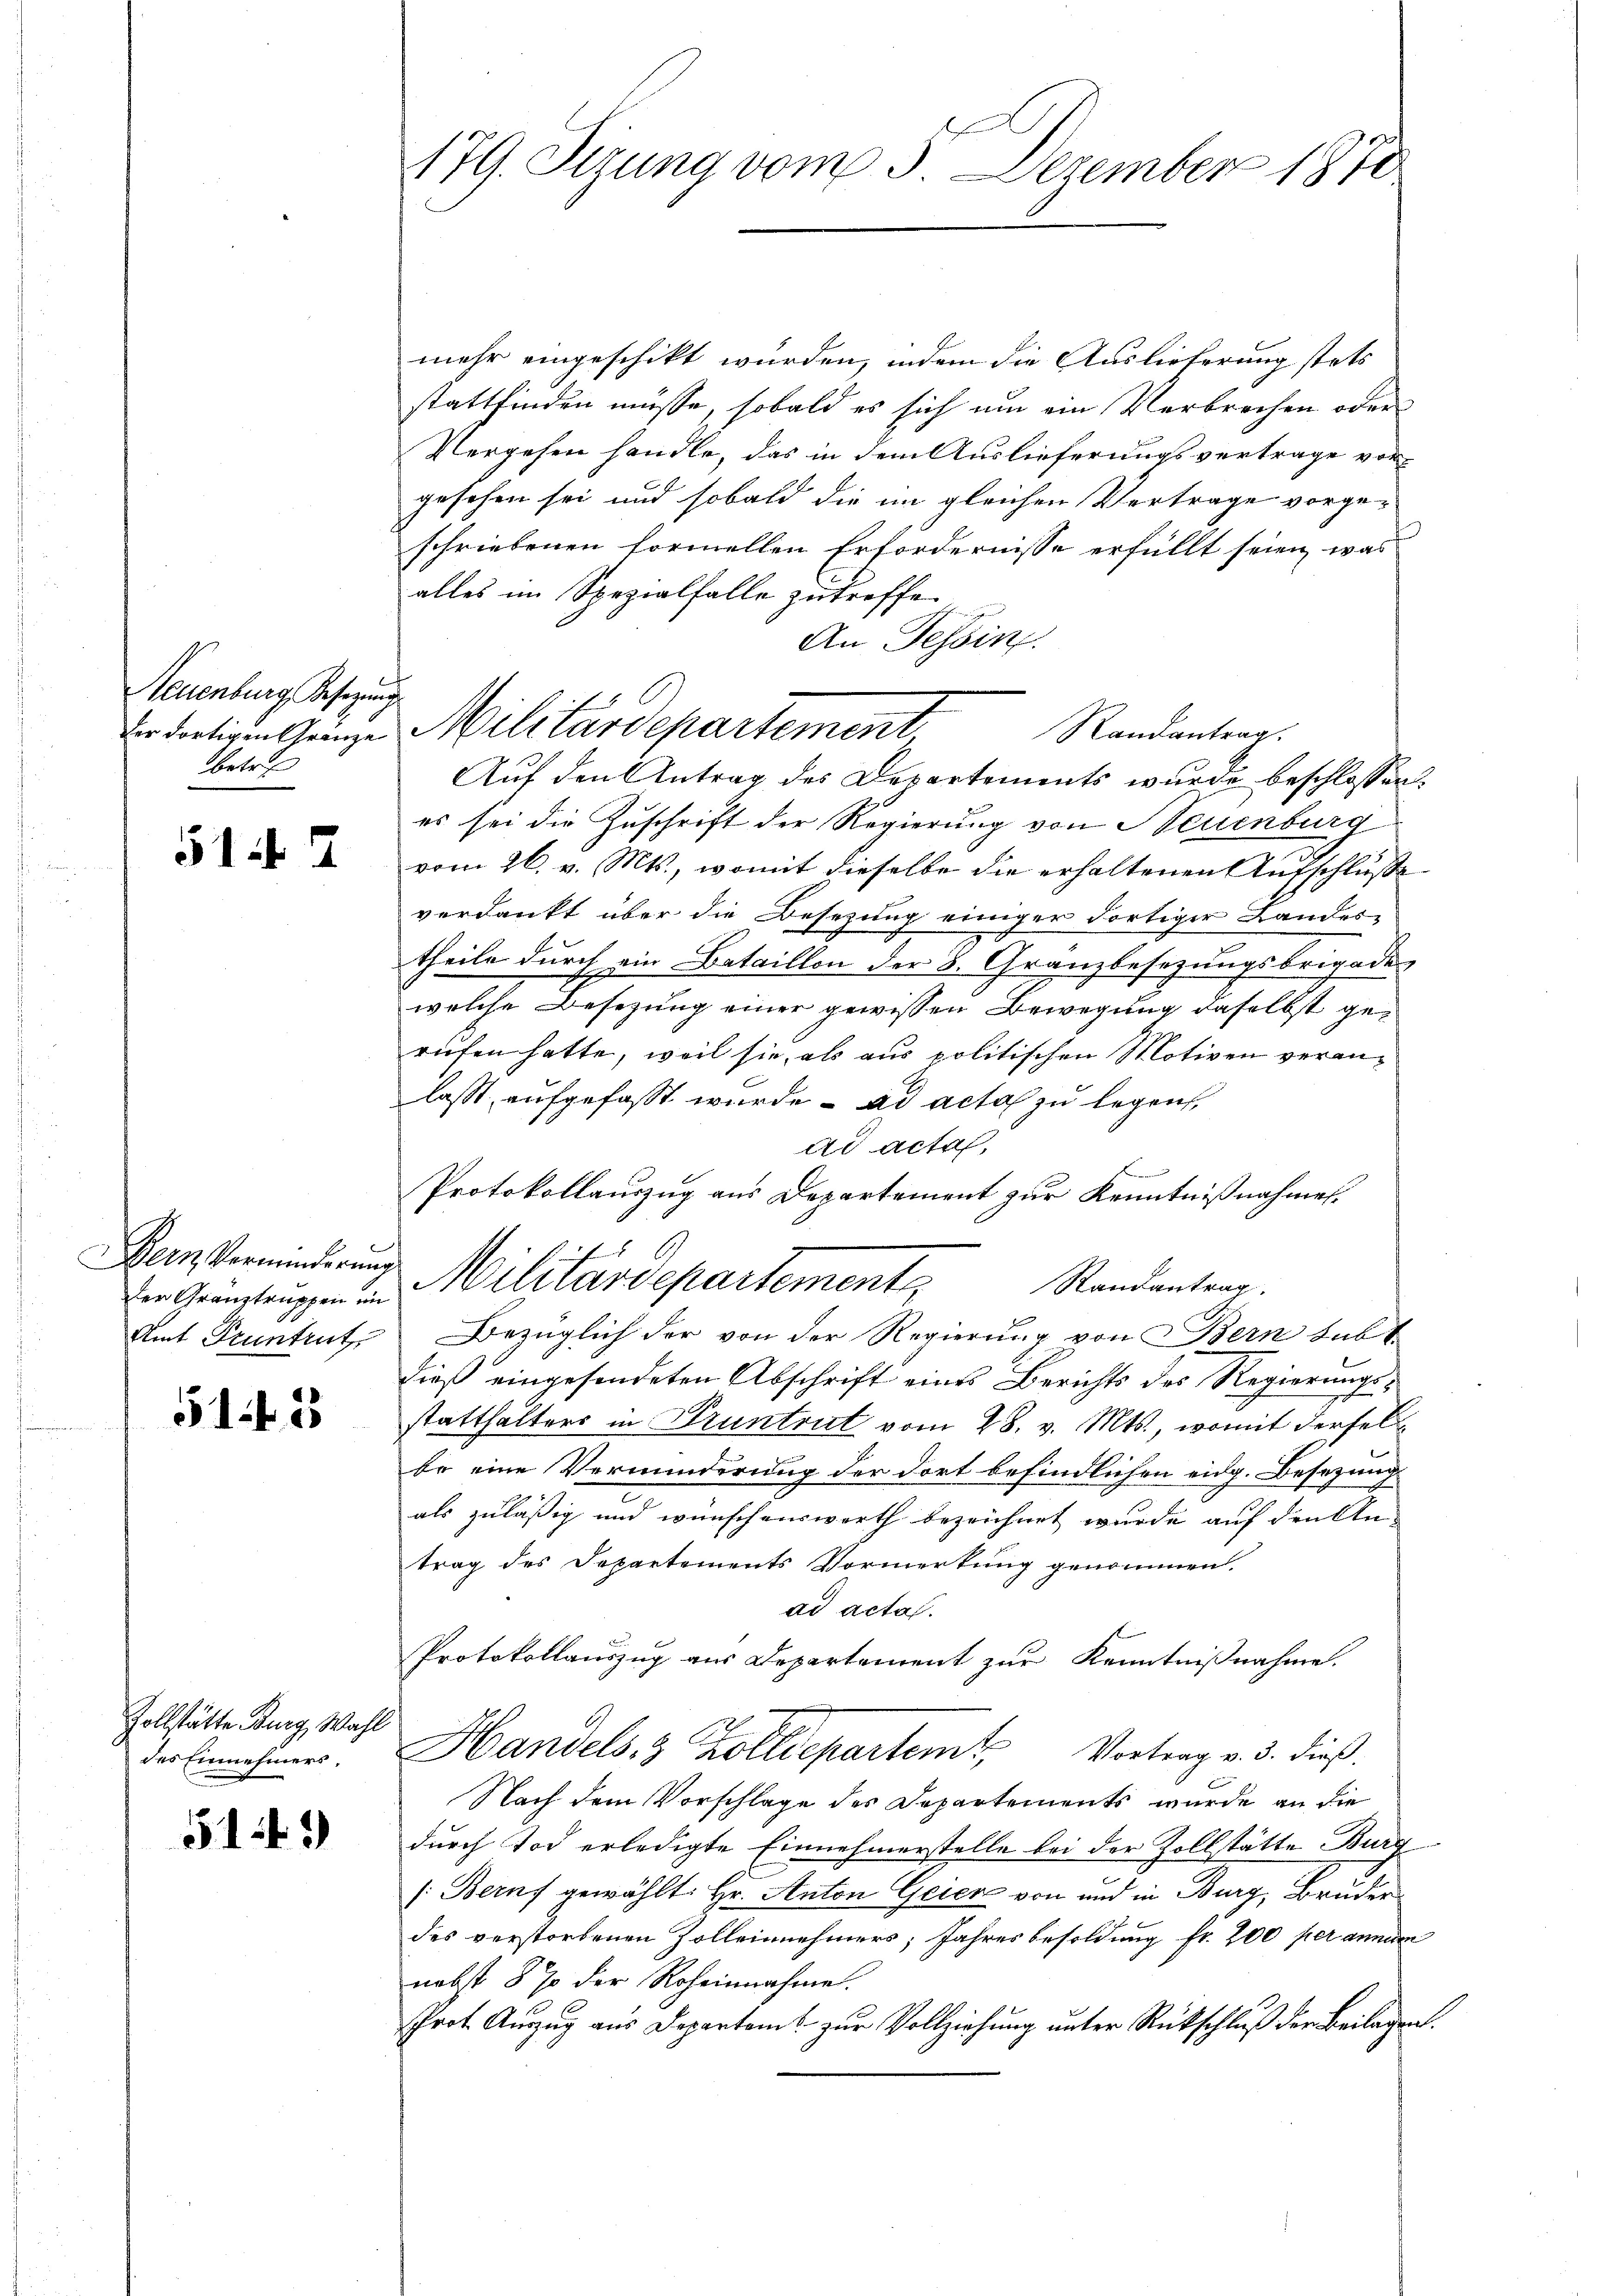
Neuenburg Besetzung
betref

1

2

Der Grauztruppen im
Amt Pruntrut

51 f 3

Zollstätte Burg, Wahl
des Einnehmers,

51.45)

179. Sizung vom 3. Dezember 1870

mehr eingeschikt wurden, indem die Auslieferung stets
stattfinden müsse, sobald es sich um ein Verbrechen oder
Vergehen handle, das in dem Auslieferungsvertrage vorgesehen sei und sobald die im gleichen Vertrage vorgeschriebenen formellen Erfordernisse erfüllt seien, was
alles im Spezialfalle zutreffe
An Tessin.
Auf den Antrag des Departements wurde beschlossen:
es sei die Zuschrift der Regierung von Neuenburg
vom 26. v. Mts., womit dieselbe die erhaltenen Aufschlusse
verdankt über die Besezung einiger dortiger Landes-
theile durch ein Bataillon der B. Granzbesezungsbrigade
welche Besezung einer gewissen Bewegung daselbst gerufen hatte, weil sie, als aus politischen Motiven veranlasst, aufgefaßt wurde. ad acta zu legen,
ad acta,
e
Protokollauszug aus Departement zur Kenntnißnahmen.
Dein Vormundung Militärdepartemente
Randantrag
d
Bezüglich der von der Regierung von Bern subt
dieß eingesendeten Abschrift eines Berichts des Regierungsstatthalters in Druntrut vom 28. v. Mts., womit dersel
be eine Verminderung der dort befindlichen eidg. Besetzung
als zuläßig und wünschenswerth bezeichnet wurde auf den An-
trag des Departements Vormerkung genommen.
ad acta.
Protokollauszug aus Departement zur Kenntnißnahme.
Handels, 3 Zolldepartem Vortrag v. 3. dieß
Nach dem Vorschlage des Departements wurde an die
durch Tod erledigte Einnehmerstelle bei der Zollstätte Burg
[Beruf gewählt: Hr. Anton Geier von und in Burg, Bruder
des verstorbenen Zolleinnehmers; Jahres besoldung fr. 200 per anmann
nebst 5 % der Roheinnahme.
sphrot Auszug aus Departamt zur Vollziehung unter Rückschluß der Beilagen.

der dortigen Grenze Militärdepartement,

Randantrag.